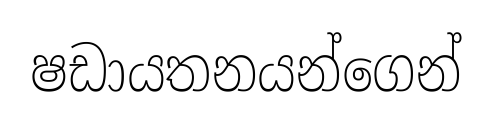
ෂඩායතනයන්ගෙන්